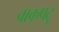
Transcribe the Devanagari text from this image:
वाक्‌पटु